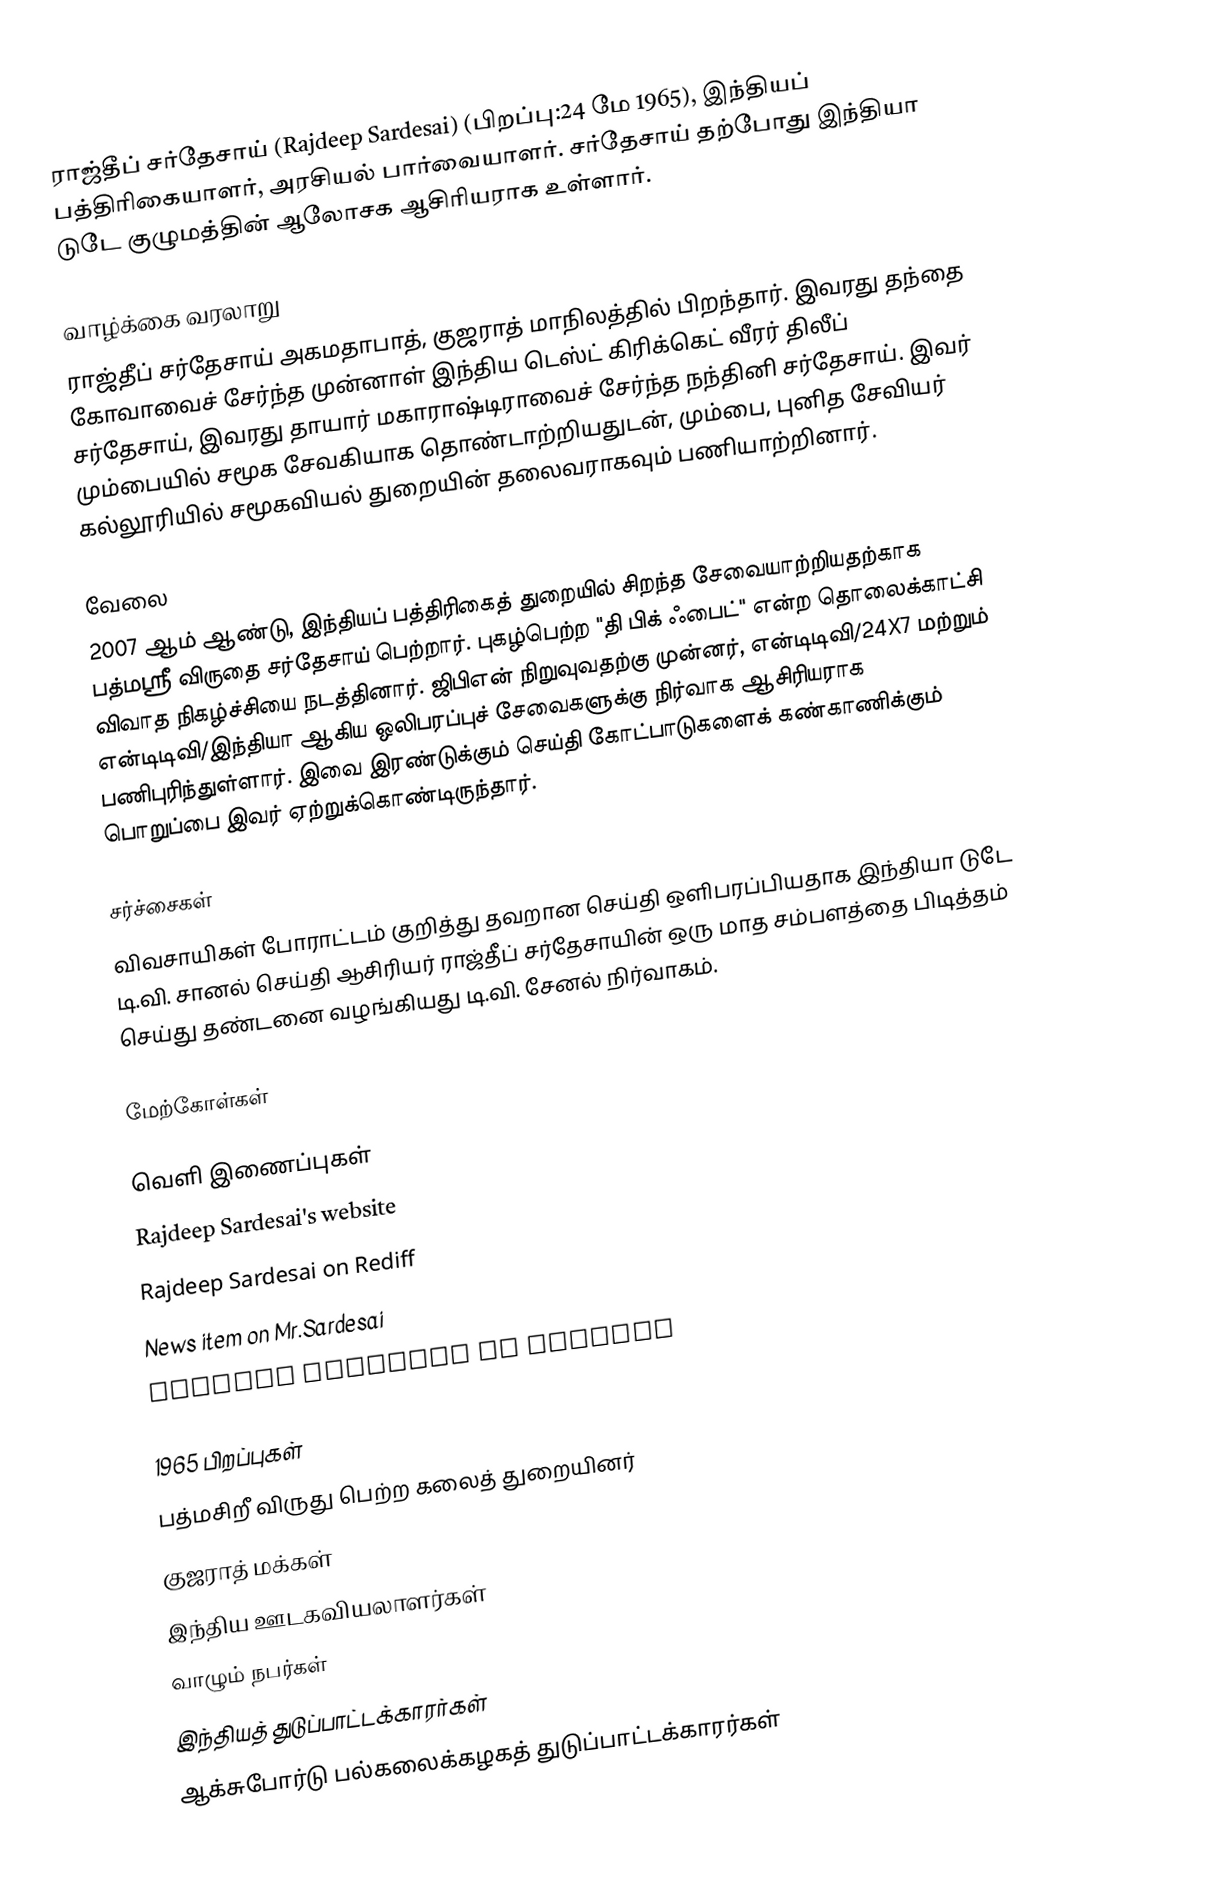
ராஜ்தீப் சர்தேசாய் (Rajdeep Sardesai) (பிறப்பு:24 மே 1965), இந்தியப் பத்திரிகையாளர், அரசியல் பார்வையாளர். சர்தேசாய் தற்போது இந்தியா டுடே குழுமத்தின் ஆலோசக ஆசிரியராக உள்ளார்.

வாழ்க்கை வரலாறு
ராஜ்தீப் சர்தேசாய் அகமதாபாத், குஜராத் மாநிலத்தில் பிறந்தார். இவரது தந்தை கோவாவைச் சேர்ந்த முன்னாள் இந்திய டெஸ்ட் கிரிக்கெட் வீரர் திலீப் சர்தேசாய், இவரது தாயார் மகாராஷ்டிராவைச் சேர்ந்த நந்தினி சர்தேசாய். இவர் மும்பையில் சமூக சேவகியாக தொண்டாற்றியதுடன், மும்பை, புனித சேவியர் கல்லூரியில் சமூகவியல் துறையின் தலைவராகவும் பணியாற்றினார்.

வேலை
2007 ஆம் ஆண்டு, இந்தியப் பத்திரிகைத் துறையில் சிறந்த சேவையாற்றியதற்காக பத்மஸ்ரீ விருதை சர்தேசாய் பெற்றார். புகழ்பெற்ற "தி பிக் ஃபைட்" என்ற தொலைக்காட்சி விவாத நிகழ்ச்சியை நடத்தினார். ஜிபிஎன் நிறுவுவதற்கு முன்னர், என்டிடிவி/24X7 மற்றும் என்டிடிவி/இந்தியா ஆகிய ஒலிபரப்புச் சேவைகளுக்கு நிர்வாக ஆசிரியராக பணிபுரிந்துள்ளார். இவை இரண்டுக்கும் செய்தி கோட்பாடுகளைக் கண்காணிக்கும் பொறுப்பை இவர் ஏற்றுக்கொண்டிருந்தார்.

சர்ச்சைகள்
விவசாயிகள் போராட்டம் குறித்து தவறான செய்தி ஒளிபரப்பியதாக இந்தியா டுடே டி.வி. சானல் செய்தி ஆசிரியர் ராஜ்தீப் சர்தேசாயின் ஒரு மாத சம்பளத்தை பிடித்தம் செய்து தண்டனை வழங்கியது டி.வி. சேனல் நிர்வாகம்.

மேற்கோள்கள்

வெளி இணைப்புகள்
 Rajdeep Sardesai's website
 Rajdeep Sardesai on Rediff
 News item on Mr.Sardesai
 Rajdeep Sardesai on Twitter

1965 பிறப்புகள்
பத்மசிறீ விருது பெற்ற கலைத் துறையினர்
குஜராத் மக்கள்
இந்திய ஊடகவியலாளர்கள்
வாழும் நபர்கள்
இந்தியத் துடுப்பாட்டக்காரர்கள்
ஆக்சுபோர்டு பல்கலைக்கழகத் துடுப்பாட்டக்காரர்கள்